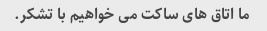
ما اتاق های ساکت می خواهیم با تشکر.